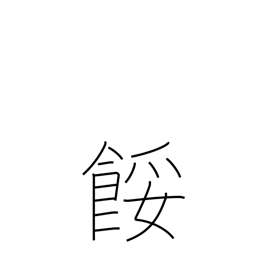
Meaning: spoil